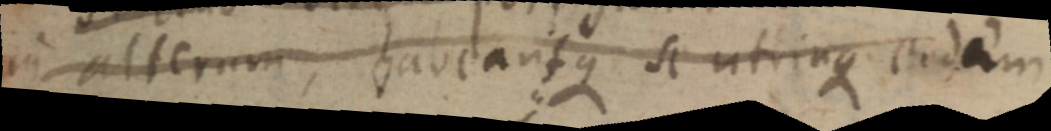
in alterum, habeant que si utrinque eodem